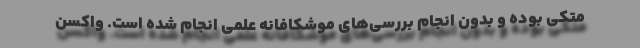
متکی بوده و بدون انجام بررسی‌های موشکافانه علمی انجام شده است. واکسن